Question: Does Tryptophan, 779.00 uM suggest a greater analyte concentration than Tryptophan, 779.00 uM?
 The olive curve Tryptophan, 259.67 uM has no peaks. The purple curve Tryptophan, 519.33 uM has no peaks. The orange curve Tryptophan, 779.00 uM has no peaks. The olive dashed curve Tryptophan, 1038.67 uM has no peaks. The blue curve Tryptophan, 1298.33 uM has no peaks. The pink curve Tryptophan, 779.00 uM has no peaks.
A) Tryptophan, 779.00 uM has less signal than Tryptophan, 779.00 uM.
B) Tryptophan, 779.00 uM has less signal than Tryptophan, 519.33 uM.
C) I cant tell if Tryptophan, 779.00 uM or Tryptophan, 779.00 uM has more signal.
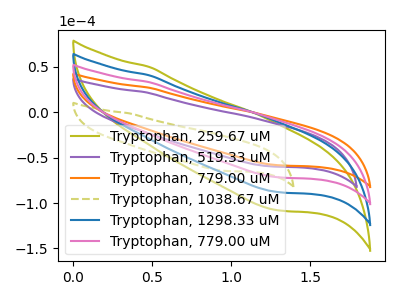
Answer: <think>Neither "Tryptophan, 779.00 uM" or "Tryptophan, 779.00 uM" have any peaks.
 </think>
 <answer>C) I cant tell if "Tryptophan, 779.00 uM" or "Tryptophan, 779.00 uM" has more signal.</answer>
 <eval>C</eval>